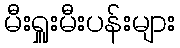
မီးရှူးမီးပန်းများ